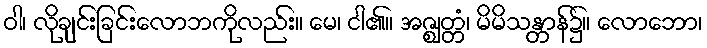
ဝါ၊ လိုချင်းခြင်းလောဘကိုလည်း။ မေ၊ ငါ၏။ အဇ္ဈတ္တံ၊ မိမိသန္တာန်၌။ လောဘော၊